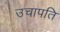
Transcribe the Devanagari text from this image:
उचापति